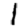
Digit: 1